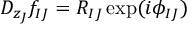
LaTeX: { \cal D } _ { z _ { J } } f _ { I J } ^ { } = R _ { I J } ^ { } \exp ( i \phi _ { I J } ^ { } )